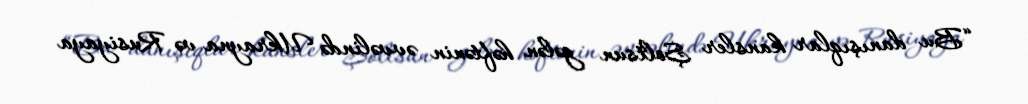
“Bu danışıqlar kansler Şoltsun gələn həftənin əvvəlində Ukrayna və Rusiyaya